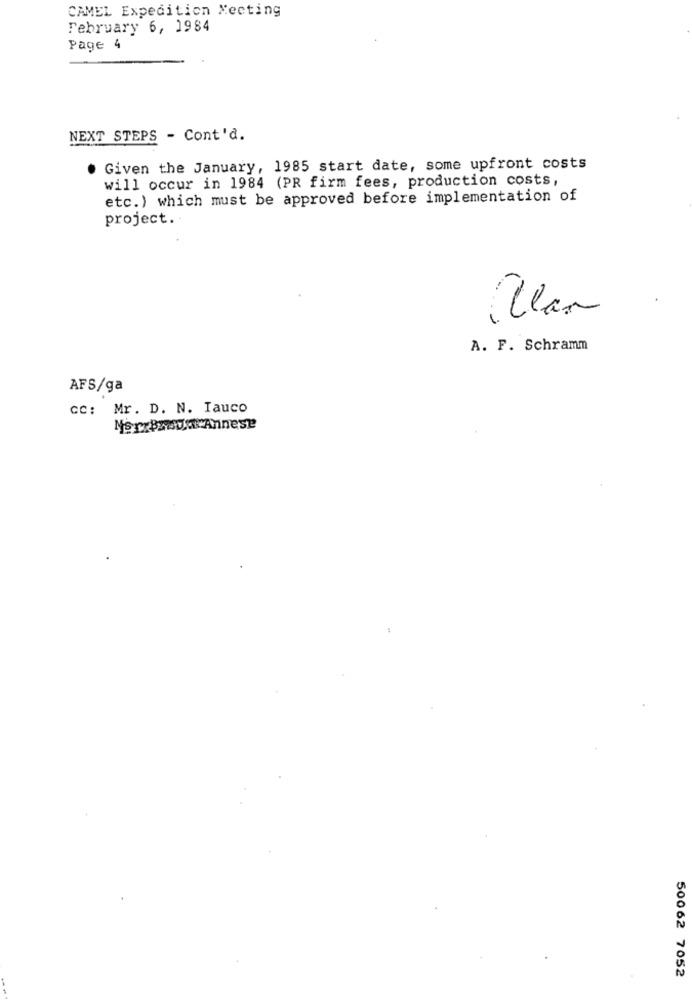
CAMEL Expedition Meeting
February 6, 1984
Page 4
NEXT STEPS - Cont'd.
Given the January, 1985 start date, some upfront costs
will occur in 1984 (PR firm fees, production costs,
etc.) which must be approved before implementation of
project ..
Ular
A. F. Schramm
AFS/ga
CC: Mr. D. N. Tauco
NorrBrevet Annese
50062 7052
---